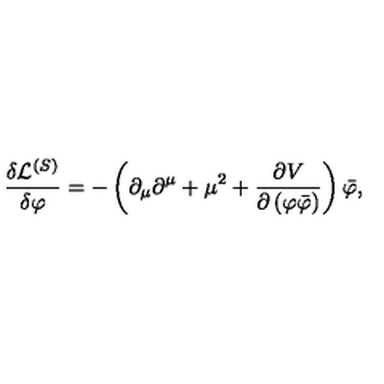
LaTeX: \frac { \delta \mathcal { L } ^ { \left( S \right) } } { \delta \varphi } = - \left( \partial _ { \mu } \partial ^ { \mu } + \mu ^ { 2 } + \frac { \partial V } { \partial \left( \varphi \bar { \varphi } \right) } \right) \bar { \varphi } ,